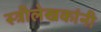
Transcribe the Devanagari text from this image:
स्त्रीलेखकांनी